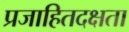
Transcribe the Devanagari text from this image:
प्रजाहितदक्षता